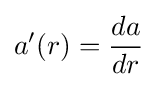
a'(r)={\frac {da}{dr}}